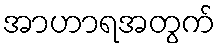
အာဟာရအတွက်